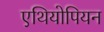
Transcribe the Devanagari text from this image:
एथियोपियन